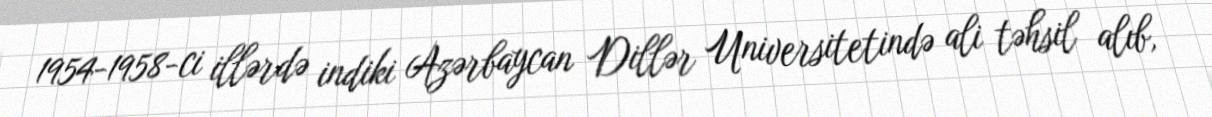
1954-1958-ci illərdə indiki Azərbaycan Dillər Universitetində ali təhsil alıb,